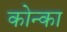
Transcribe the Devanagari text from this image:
कोन्का